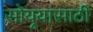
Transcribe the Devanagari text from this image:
सोयर्‍यासाठी